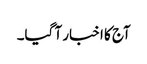
آج کا اخبار آ گیا۔